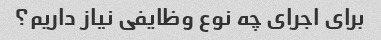
برای اجرای چه نوع وظایفی نیاز داریم؟